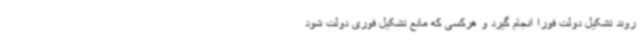
روند تشکیل دولت فورا انجام گیرد و هرکسی که مانع تشکیل فوری دولت شود